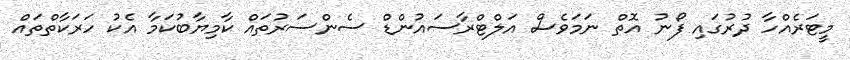
މީޓަރެއްހާ ދުރުގައި ފޯނު އޮތް ނަމަވެސް އަލްޓްރާސައުންޑް ސެންސަރުތައް ކާމިޔާބުކަމާ އެކު ހަރަކާތްތައް